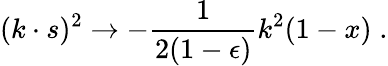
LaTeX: (k\cdot s)^{2}\rightarrow-\frac{1}{2(1-\epsilon)}k^{2}(1-x)\; .